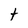
Character: t